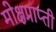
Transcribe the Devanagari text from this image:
मोक्षप्राप्‍ती